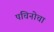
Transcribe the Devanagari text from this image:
पचिनोचा